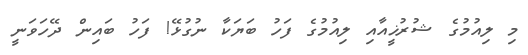
މި ލިއުމުގެ ޝުރުޚީއާއި ލިއުމުގެ ފަހު ބަޔަކާ ނުގުޅޭ! ފަހު ބައިން ދޭހަވަނީ